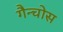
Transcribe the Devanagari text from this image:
गैन्चोस